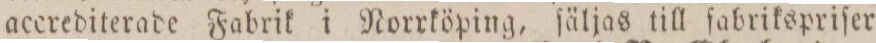
accrediterade Fabrik i Norrköping, ſäljas till fabrikspriſer